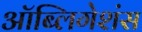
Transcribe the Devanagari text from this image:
ऑब्लिगेशंस